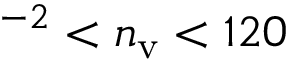
^ { - 2 } < n _ { \mathrm { v } } < 1 2 0